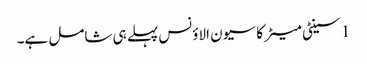
1 سینٹی میٹر کا سیون الاؤنس پہلے ہی شامل ہے۔